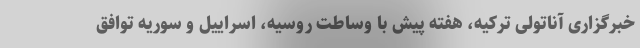
خبرگزاری آناتولی ترکیه، هفته پیش با وساطت روسیه، اسراییل و سوریه توافق